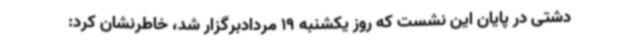
دشتی در پایان این نشست که روز یکشنبه 19 مردادبرگزار شد، خاطرنشان کرد: